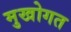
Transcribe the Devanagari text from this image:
मुखोगत